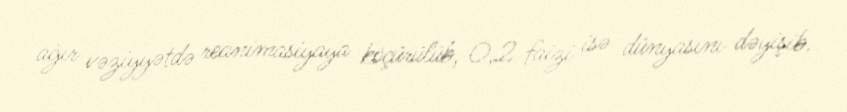
ağır vəziyyətdə reanimasiyaya köçürülüb, 0,2 faizi isə dünyasını dəyişib.